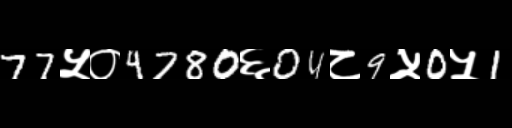
Text: 77५०4780६04८9५0५1